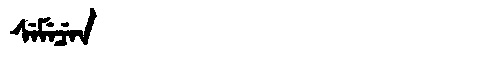
Manchu: ᠰᡝᠮᡝᠴᡝᠨ
Romanization: SEMECEN